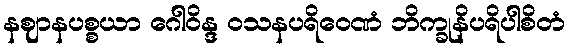
နဈာနပစ္စယာ ဂေါဝိန္ဒ ဝသနပရိဝေဏံ ဘိက္ခုနိပရိပါစိတံ